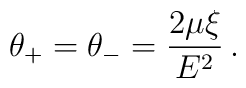
\:\theta _{+} = \theta _{-} = \frac{2\mu \xi }{E^{2}} \,.\: